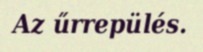
Az űrrepülés.